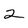
Character: 2